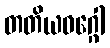
တတိယဝဂ္ဂေါ